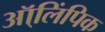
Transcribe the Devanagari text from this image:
ऑ्लिंपिक